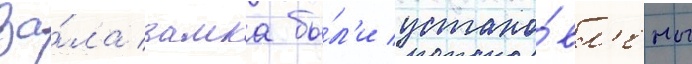
за́ла замка бы́л'и устано́вл'ены